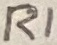
Text: R1